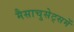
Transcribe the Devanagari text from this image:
मैसाचुसेट्समें